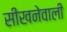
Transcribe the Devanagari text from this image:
सीखनेवाली